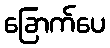
ခြောက်ပေ